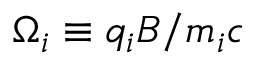
\Omega _ { i } \equiv q _ { i } B / m _ { i } c